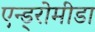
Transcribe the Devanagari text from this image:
एन्ड्रोमीडा